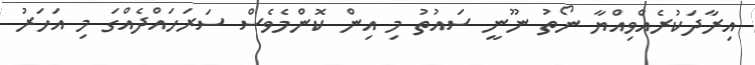
އިރާދަކުރެއްވިއްޔާ ނޯތު ނޫނީ ސައުތު މި އިން ކޮންމެވެސް ސަރަހައްދެއްގަ މި އަހަރު